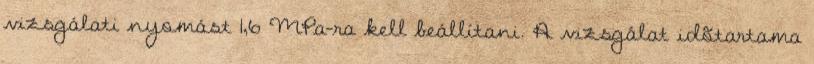
vizsgálati nyomást 1,6 MPa-ra kell beállítani. A vizsgálat idõtartama